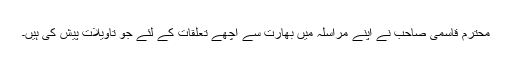
محترم قاسمی صاحب نے اپنے مراسلہ میں بھارت سے اچھے تعلقات کے لئے جو تاویلات پیش کی ہیں۔